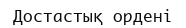
Достастық ордені